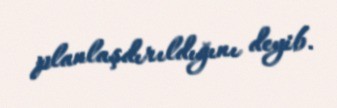
planlaşdırıldığını deyib.